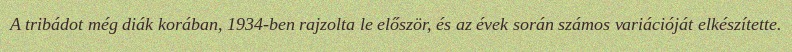
A tribádot még diák korában, 1934-ben rajzolta le először, és az évek során számos variációját elkészítette.